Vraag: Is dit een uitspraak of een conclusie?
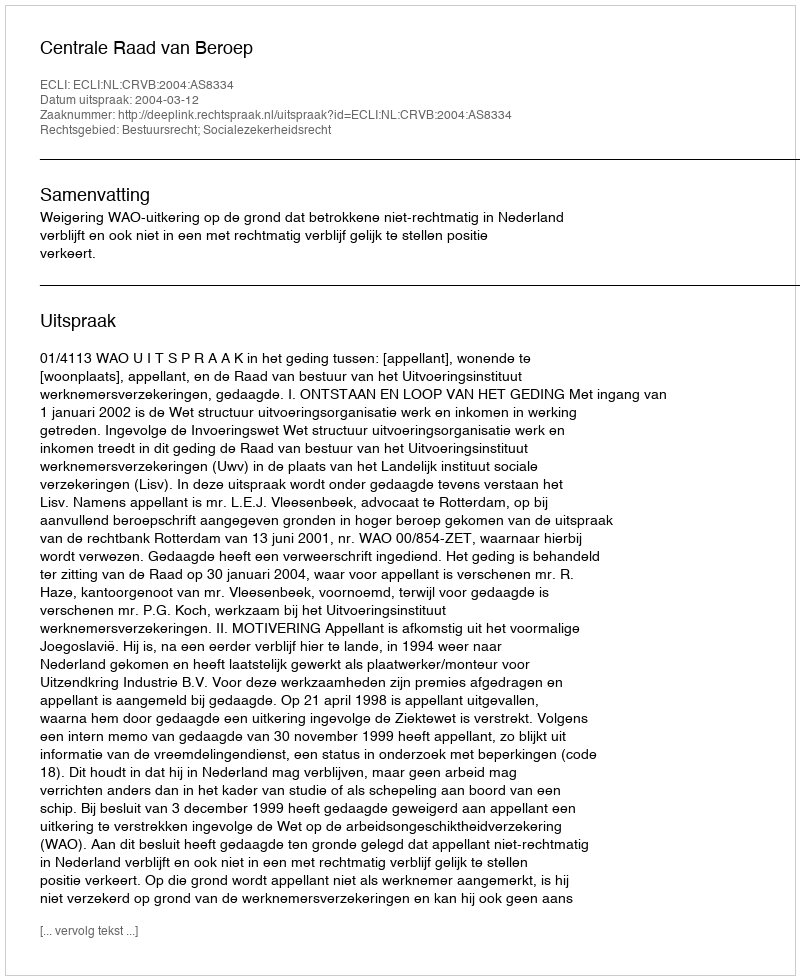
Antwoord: Uitspraak